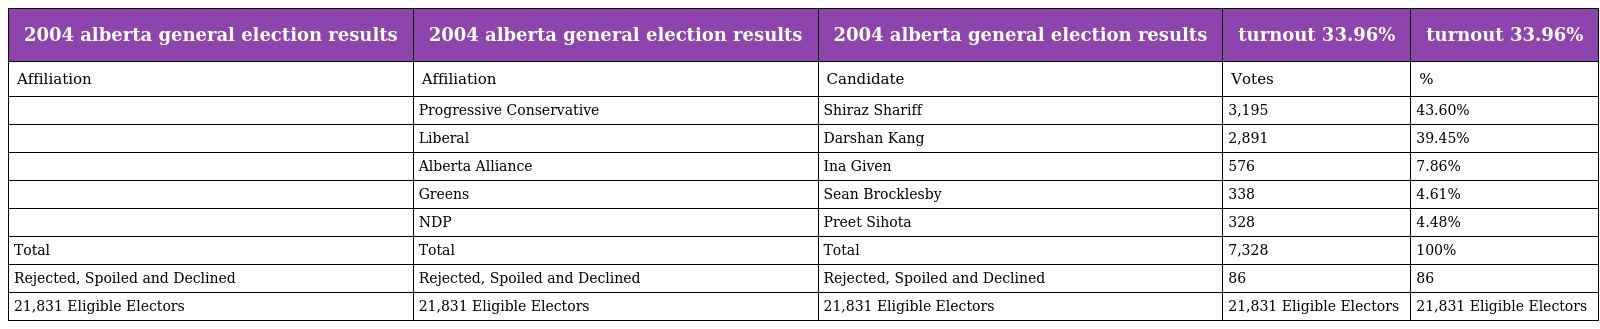
| 2004 alberta general election results | 2004 alberta general election results | 2004 alberta general election results | turnout 33.96% | turnout 33.96% |
 | --- | --- | --- | --- | --- |
 | Affiliation | Affiliation | Candidate | Votes | % |
 |  | Progressive Conservative | Shiraz Shariff | 3,195 | 43.60% |
 |  | Liberal | Darshan Kang | 2,891 | 39.45% |
 |  | Alberta Alliance | Ina Given | 576 | 7.86% |
 |  | Greens | Sean Brocklesby | 338 | 4.61% |
 |  | NDP | Preet Sihota | 328 | 4.48% |
 | Total | Total | Total | 7,328 | 100% |
 | Rejected, Spoiled and Declined | Rejected, Spoiled and Declined | Rejected, Spoiled and Declined | 86 | 86 |
 | 21,831 Eligible Electors | 21,831 Eligible Electors | 21,831 Eligible Electors | 21,831 Eligible Electors | 21,831 Eligible Electors |